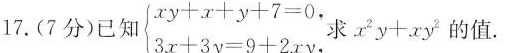
17.(7分)已知 $$\left\{ \begin{matrix} xy+x+y+7=0 \\ 3x+3y=9+2xy \\ \end{matrix} \right.$$ ，求xy+xy的值。